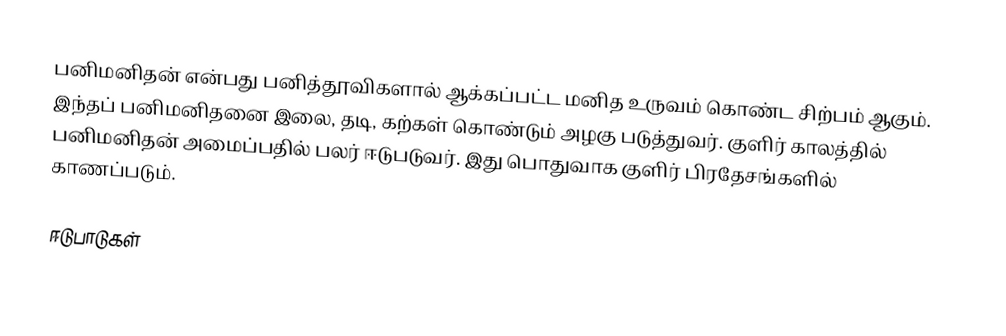
பனிமனிதன் என்பது பனித்தூவிகளால் ஆக்கப்பட்ட மனித உருவம் கொண்ட சிற்பம் ஆகும். இந்தப் பனிமனிதனை இலை, தடி, கற்கள் கொண்டும் அழகு படுத்துவர். குளிர் காலத்தில் பனிமனிதன் அமைப்பதில் பலர் ஈடுபடுவர். இது பொதுவாக குளிர் பிரதேசங்களில் காணப்படும்.

ஈடுபாடுகள்